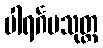
ပါရင်္ဂမသုတ္တ